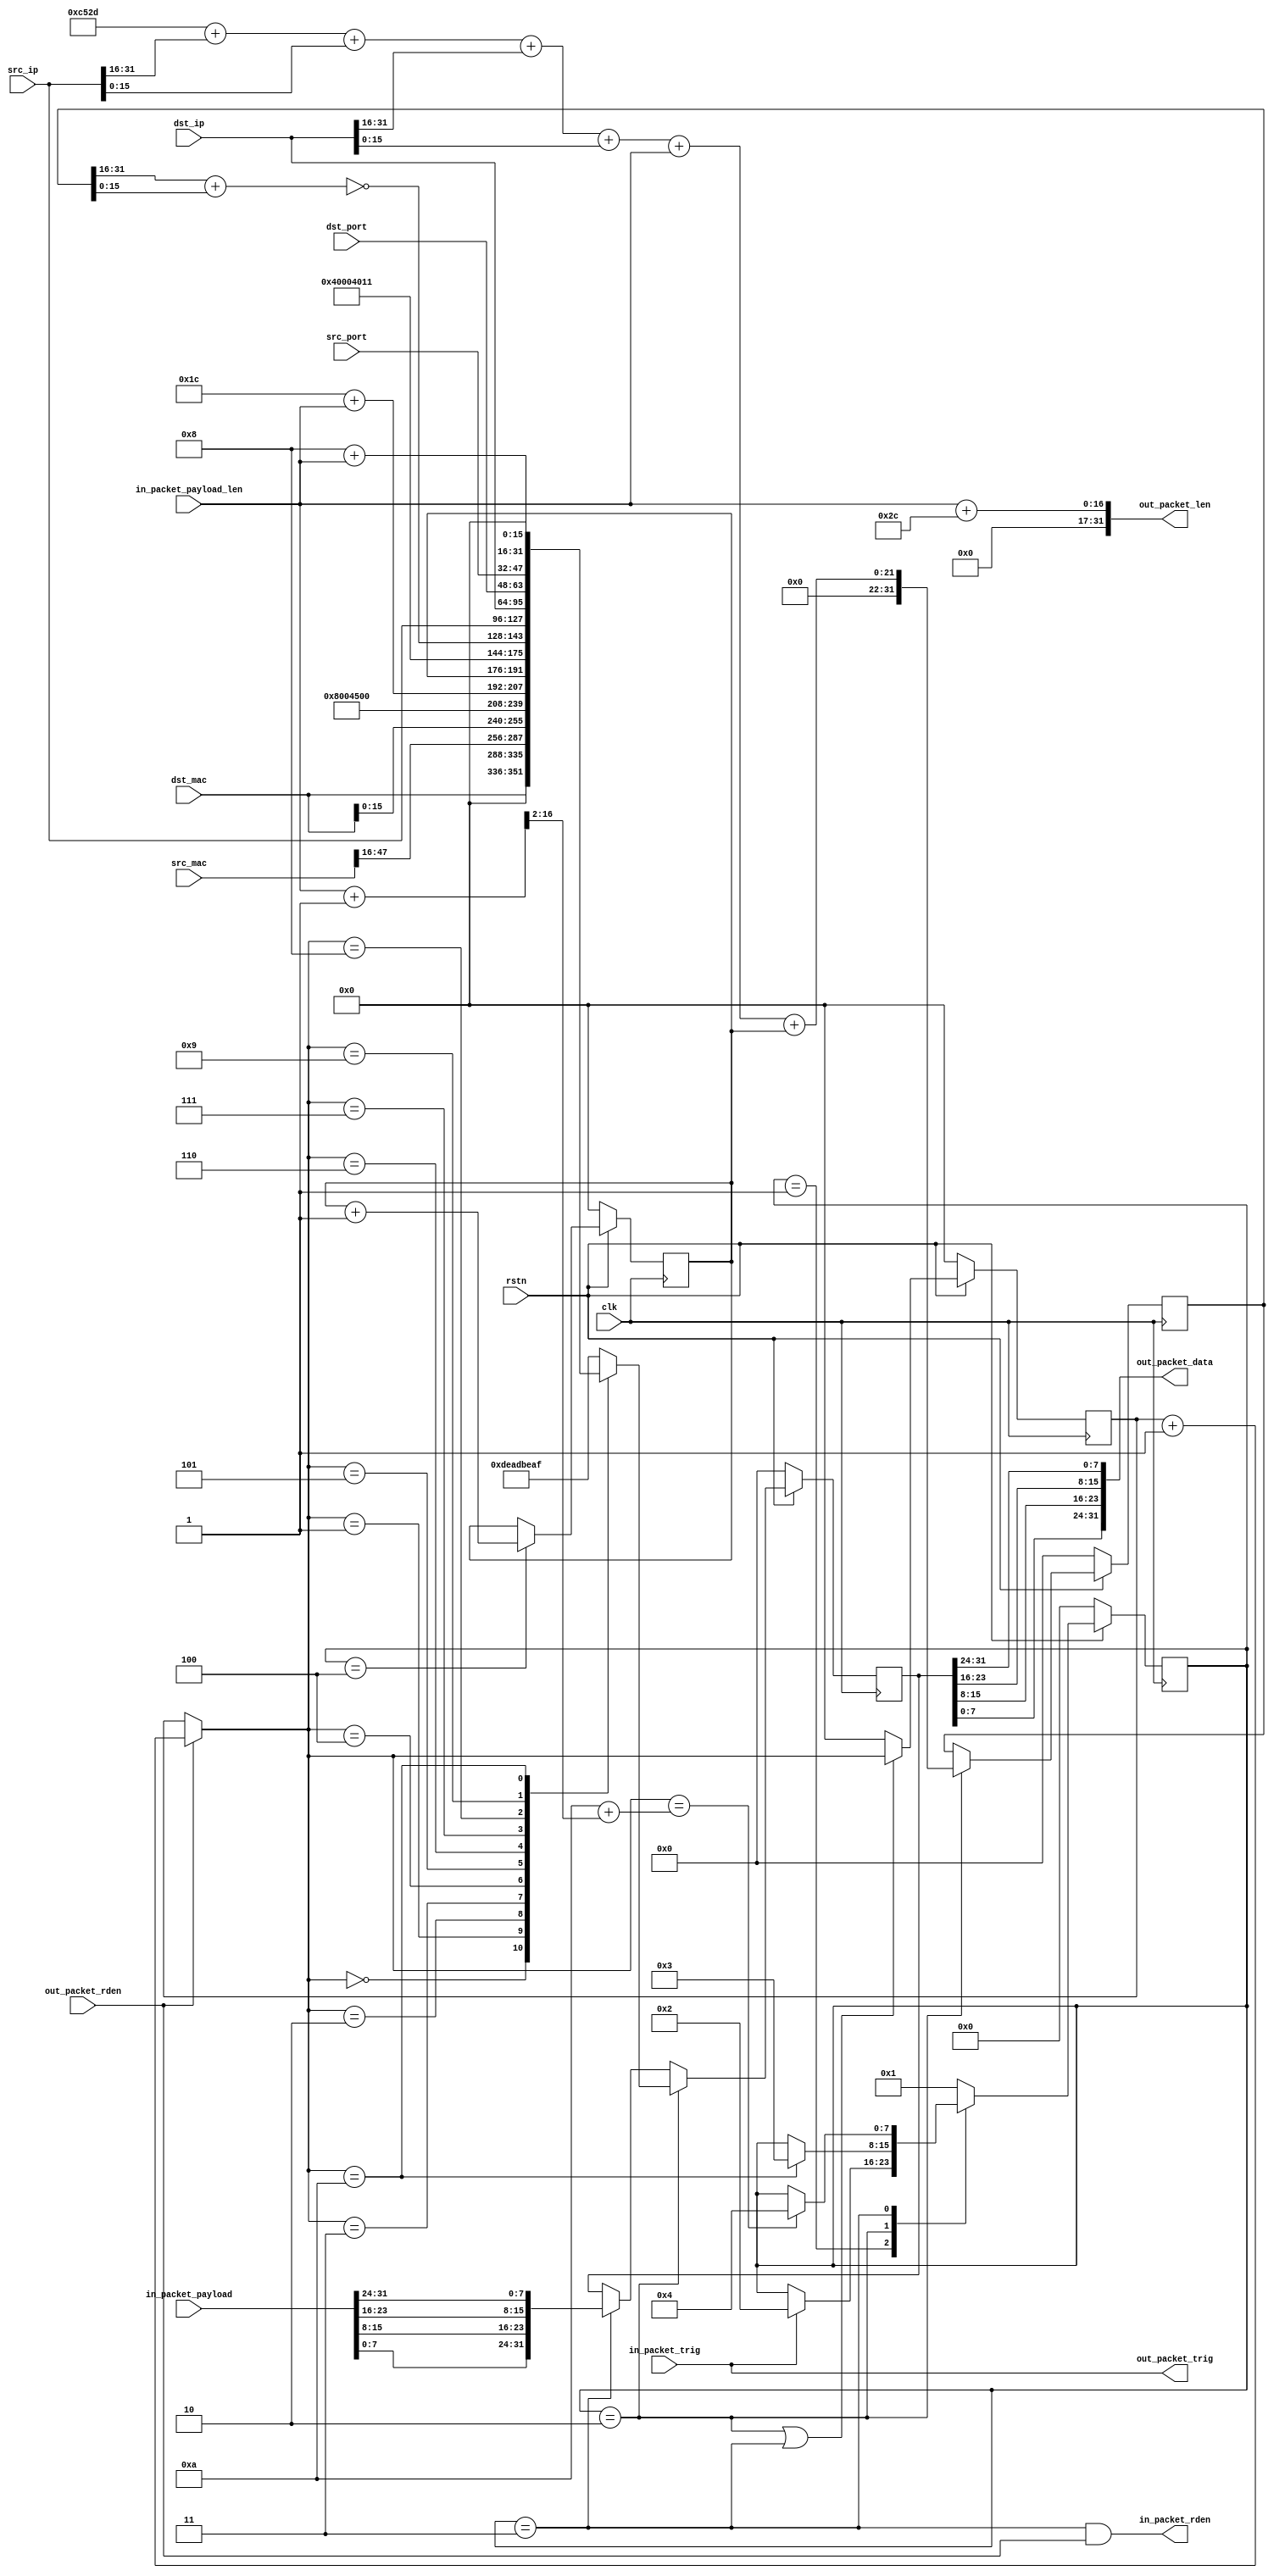
module packetgen_conv (
		input wire clk,
		input wire rstn,
    //In
    //MAC
        input wire [47:0] src_mac,
        input wire [47:0] dst_mac,
        input wire [31:0] src_ip,
        input wire [31:0] dst_ip,
        input wire [15:0] src_port,
        input wire [15:0] dst_port,
	//FIFO
		input wire [15:0] in_packet_payload_len,
		input wire [31:0] in_packet_payload,
		output wire in_packet_rden,
	//Packet Tirg
		input wire in_packet_trig,

    //Out
	//FIFO
		output wire [31:0] out_packet_len,
		output wire [31:0] out_packet_data,
		input wire out_packet_rden,
	//Packet Tirg
		output wire out_packet_trig
	);

    reg [31:0] out_packet_data_r;

    assign out_packet_len = in_packet_payload_len + 44;//header len
    assign out_packet_trig = in_packet_trig;
    assign in_packet_rden = (state == S_DATA && out_packet_rden);
    assign out_packet_data = {out_packet_data_r[7:0],out_packet_data_r[15:8],out_packet_data_r[23:16],out_packet_data_r[31:24]};

    reg [31:0] header [0:33];
    reg [7:0] state;
    localparam S_RST = 0;
    localparam S_IDLE = 1;
    localparam S_HEADER = 2;
    localparam S_DATA = 3;
    localparam S_FIN = 4;

    reg [15:0] tmpcnt;
    always @(posedge clk) begin
        if(rstn == 1'b0)
            tmpcnt <= 16'h0;
        else if(state == S_HEADER || state == S_DATA) begin
            if(out_packet_rden)
                tmpcnt <= tmpcnt + 16'h1;
        end else
            tmpcnt <= 16'h0;
    end
    wire [15:0] fwftcnt;
    assign fwftcnt = (out_packet_rden)?(tmpcnt + 16'h1):tmpcnt;

    //IPv4 Header Identification
    reg [15:0] identification;
    always @(posedge clk) begin
        if(rstn == 1'b0)
            identification <= 0;
        else if(state == S_FIN)
            identification <= identification + 16'h1;
    end

    reg [31:0] checksum_tmp;
    wire [15:0] checksum;
    assign checksum = (~(checksum_tmp[31:16] + checksum_tmp[15:0]));
    always @(posedge clk) begin
        if(rstn == 1'b0)
            checksum_tmp <= 0;
        else if(state == S_HEADER)
            //0x4500(ver, len, diffsrv) + 0x4000(flags, fragment offset) + 0x4011(TTL, protocol) + 0x1c(Len)
            checksum_tmp <= 32'hc52d
                + src_ip[31:16]  + src_ip[15:0]
                + dst_ip[31:16]  + dst_ip[15:0]
                + in_packet_payload_len +identification;
    end

    always @(posedge clk) begin
        if(rstn == 1'b0)
            out_packet_data_r <= 32'h0;
        else if(state == S_HEADER) 
            case(fwftcnt)
            //Ethernet Header
                16'h0: out_packet_data_r <= {16'h0, dst_mac[47:32]};
                16'h1: out_packet_data_r <= dst_mac[31:0];
                16'h2: out_packet_data_r <= src_mac[47:16];
                16'h3: out_packet_data_r <= {dst_mac[15:0], 16'h0800}; //ipv4
            //IPv4 Header
                16'h4: out_packet_data_r <= {4'h4,4'h5,8'h0,(16'd20 + 16'd8 + in_packet_payload_len)};//Version, Len, DiffServ, Len
                16'h5: out_packet_data_r <= {identification, 3'h2, 13'h0};//Identification, Flags(Don't fragment), Fragment Offset
                16'h6: out_packet_data_r <= {8'h40, 8'h11, checksum};//TTL, Protocol(UDP), Checksum
                16'h7: out_packet_data_r <= src_ip;
                16'h8: out_packet_data_r <= dst_ip;
            //UDP Header
                16'h9: out_packet_data_r <= {dst_port, src_port};
                16'ha: out_packet_data_r <= {16'd8 + in_packet_payload_len, 16'h0};//Len, Checksum
                default: out_packet_data_r <= 32'hdeadbeaf;
            endcase
        else if(state == S_DATA)
            out_packet_data_r <= {in_packet_payload[7:0],in_packet_payload[15:8],in_packet_payload[23:16],in_packet_payload[31:24]};
    end


    always @(posedge clk) begin
        if(rstn == 1'b0)
            state <= S_RST;
        else case (state)
            S_RST: state <= S_IDLE;
            S_IDLE:
                if(in_packet_trig)
                    state <= S_HEADER;
            S_HEADER:
                if(fwftcnt == 16'ha)
                    state <= S_DATA;
            S_DATA:
                if(fwftcnt == (16'ha + ((in_packet_payload_len + 32'h1) >> 2)))
                    state <= S_FIN;
            S_FIN:
                state <= S_IDLE;
            default: state <= S_IDLE;
        endcase
    end

    endmodule